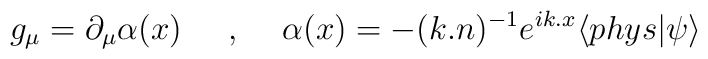
g_{\mu}=\partial_{\mu}\alpha (x)\makebox[.5in]{,}\alpha (x)=-(k .n)^{-1}e^{ik .x} \langle phys |\psi \rangle